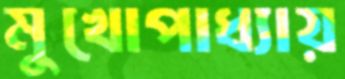
মুখোপাধ্যায়